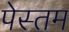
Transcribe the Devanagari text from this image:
पेस्तम